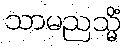
သာမညသ္မိံ